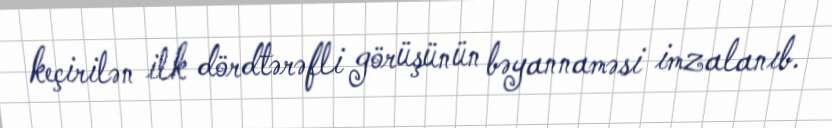
keçirilən ilk dördtərəfli görüşünün bəyannaməsi imzalanıb.